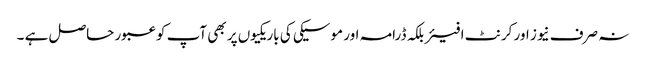
نہ صرف نیوز اور کرنٹ افیئربلکہ ڈرامہ اور موسیکی کی باریکیوں پر بھی آپ کو عبور حاصل ہے ۔